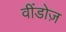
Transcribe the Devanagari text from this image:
वींडोज़